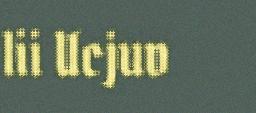
lii Ucjuv